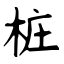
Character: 桩